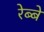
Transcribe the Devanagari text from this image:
रेब्बे